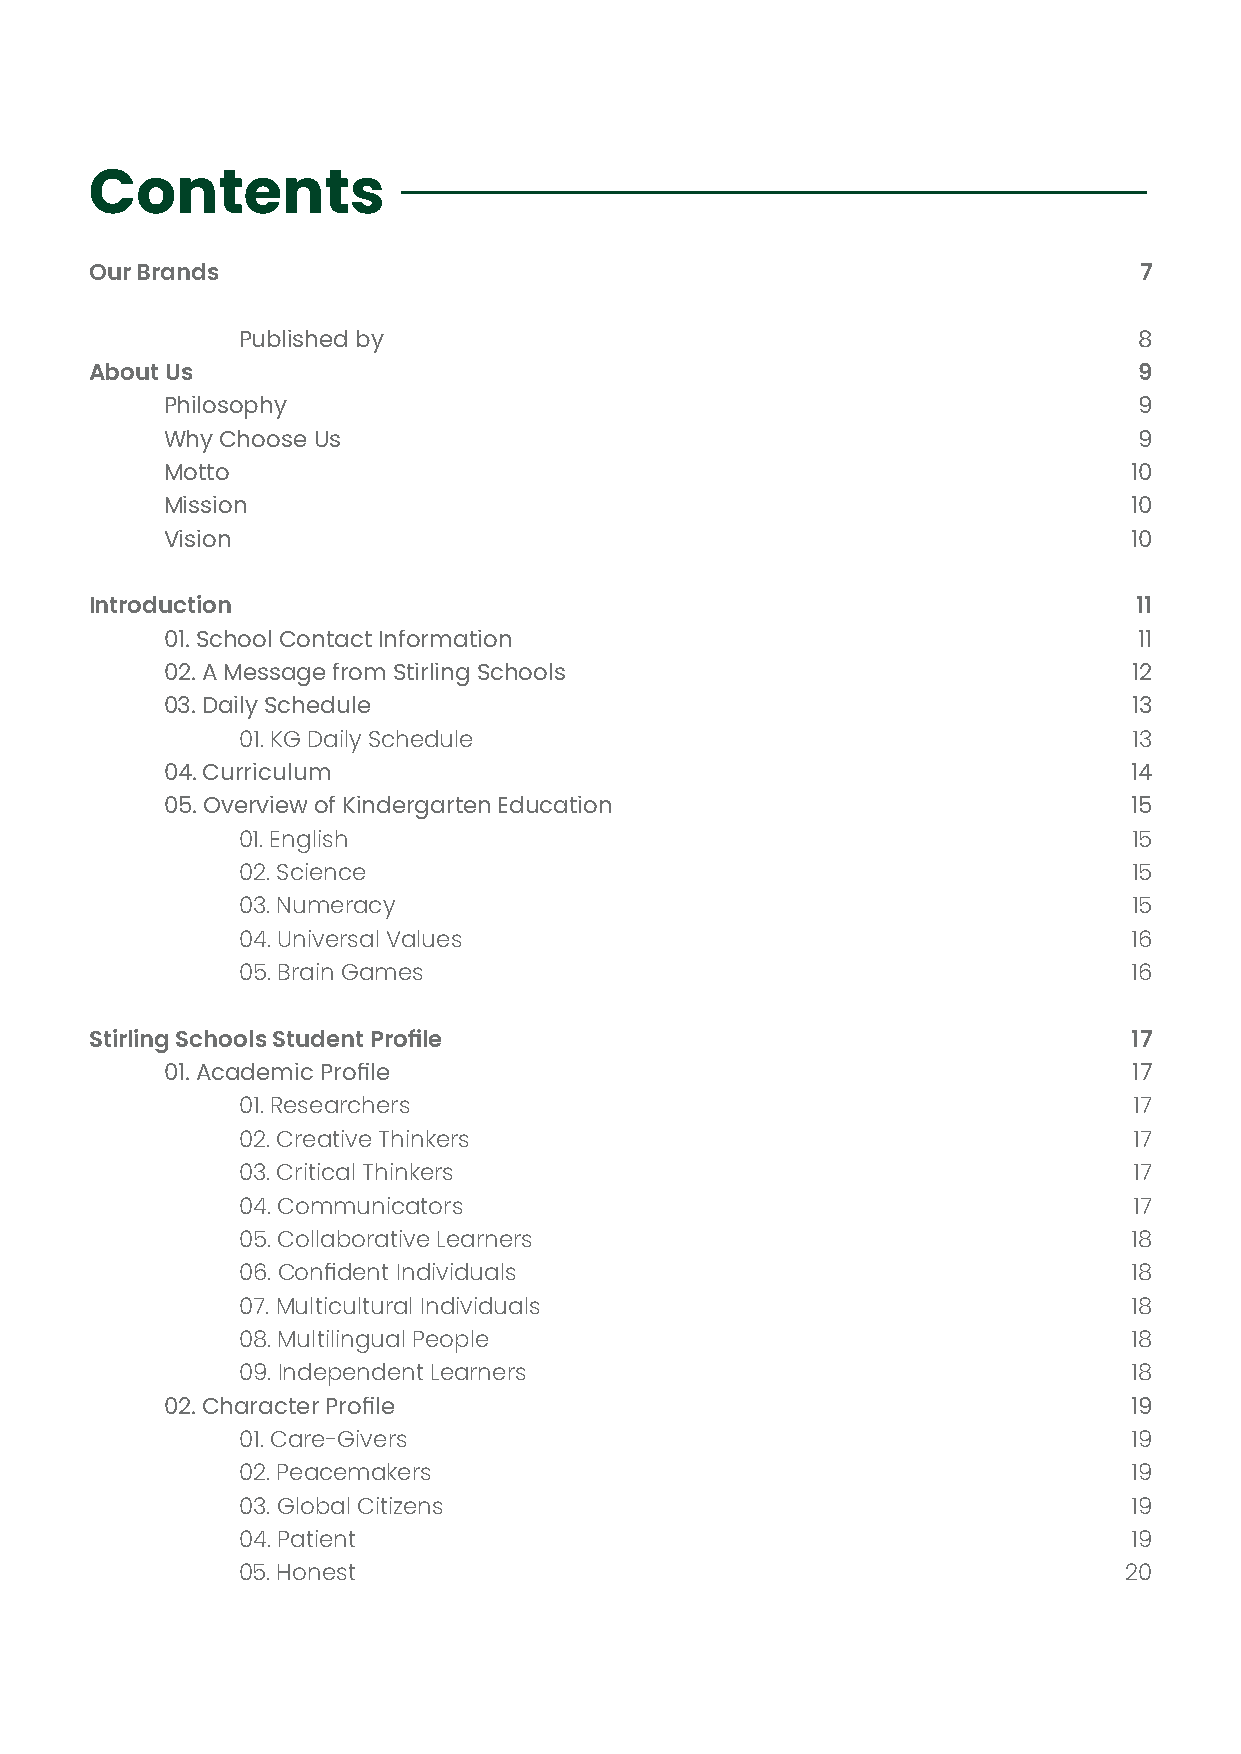
Contents
 Our Brands                                                           7
 Published by                                               8
 About Us                                                             9
 Philosophy                                                      9
 Why Choose Us                                                   9
 Motto                                                           10
 Mission                                                         10
 Vision                                                          10
 Introduction                                                         11
 01. School Contact Information                                  11
 02. A Message from Stirling Schools                             12
 03. Daily Schedule                                              13
 01. KG Daily Schedule                                      13
 04. Curriculum                                                  14
 05. Overview of Kindergarten Education                          15
 01. English                                                15
 02. Science                                                15
 03. Numeracy                                               15
 04. Universal Values                                       16
 05. Brain Games                                            16
 Stirling Schools Student Profile                                     17
 01. Academic Profile                                            17
 01. Researchers                                            17
 02. Creative Thinkers                                      17
 03. Critical Thinkers                                      17
 04. Communicators                                          17
 05. Collaborative Learners                                 18
 06. Confident Individuals                                  18
 07. Multicultural Individuals                              18
 08. Multilingual People                                    18
 09. Independent Learners                                   18
 02. Character Profile                                           19
 01. Care-Givers                                            19
 02. Peacemakers                                            19
 03. Global Citizens                                        19
 04. Patient                                                19
 05. Honest                                                20